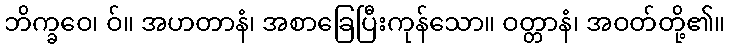
ဘိက္ခဝေ၊ ဝ်။ အဟတာနံ၊ အစာခြေပြီးကုန်သော။ ဝတ္တာနံ၊ အဝတ်တို့၏။